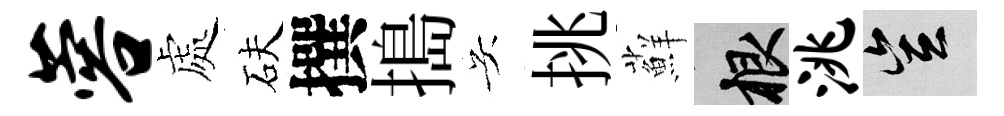
蓉處砆撰搗吴挑蘚根洮豈